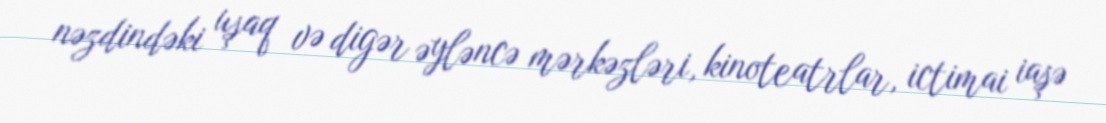
nəzdindəki uşaq və digər əyləncə mərkəzləri, kinoteatrlar, ictimai iaşə